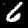
Digit: 6